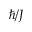
\hbar / J